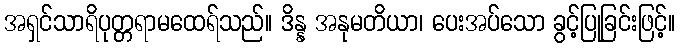
အရှင်သာရိပုတ္တရာမထေရ်သည်။ ဒိန္န အနုမတိယာ၊ ပေးအပ်သော ခွင့်ပြုခြင်းဖြင့်။